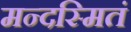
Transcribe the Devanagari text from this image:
मन्दस्मितं